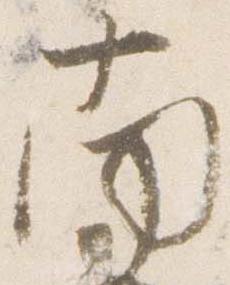
南